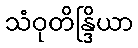
သံဝုတိန္ဒြိယာ